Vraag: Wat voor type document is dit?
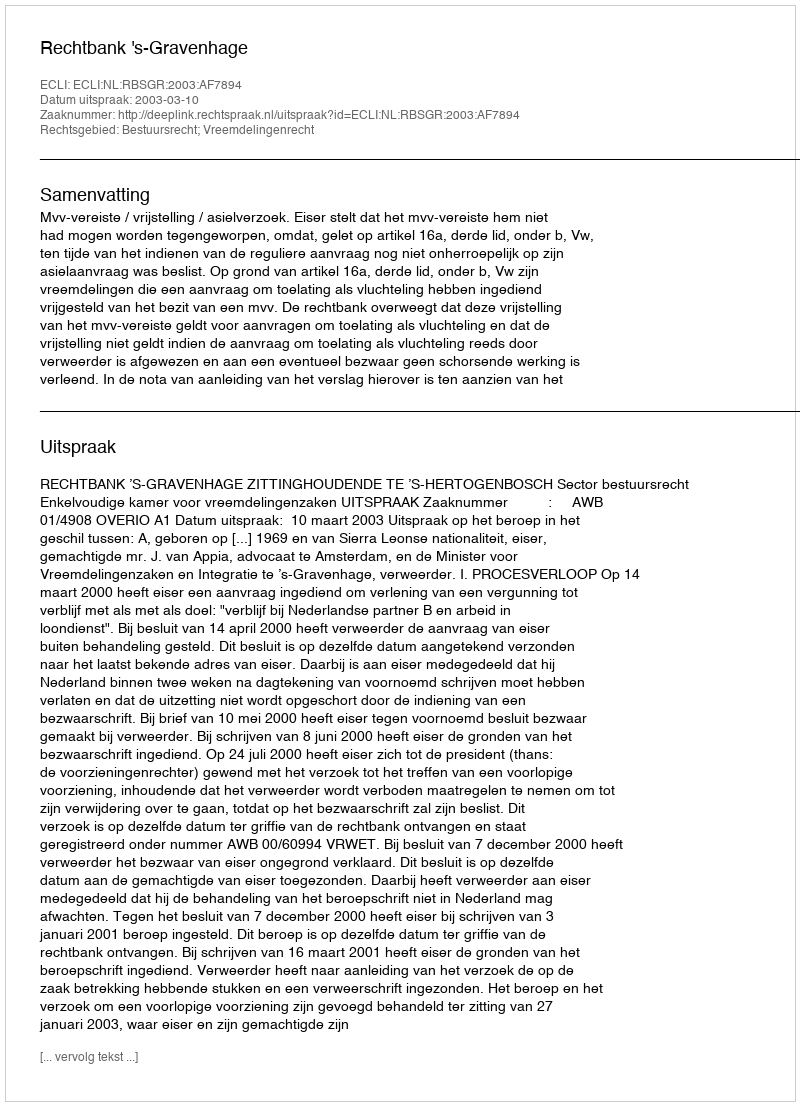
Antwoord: Uitspraak